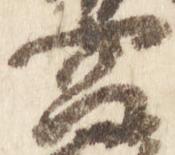
宮